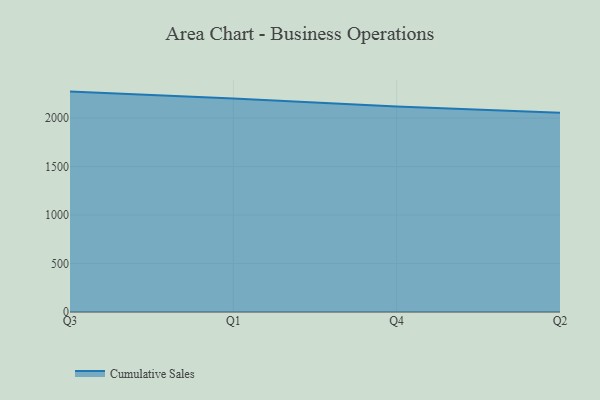
{"axis": {"x": "Quarter", "y": "Gross Profit (USD K)"}, "legend": ["Cumulative Sales"], "data": [{"x": "Q3", "y": 2273.4, "type": "Cumulative Sales"}, {"x": "Q1", "y": 2201.9, "type": "Cumulative Sales"}, {"x": "Q4", "y": 2120.4, "type": "Cumulative Sales"}, {"x": "Q2", "y": 2054.9, "type": "Cumulative Sales"}]}